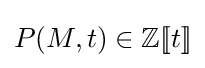
P(M,t)\in \mathbb {Z} [\![t]\!]